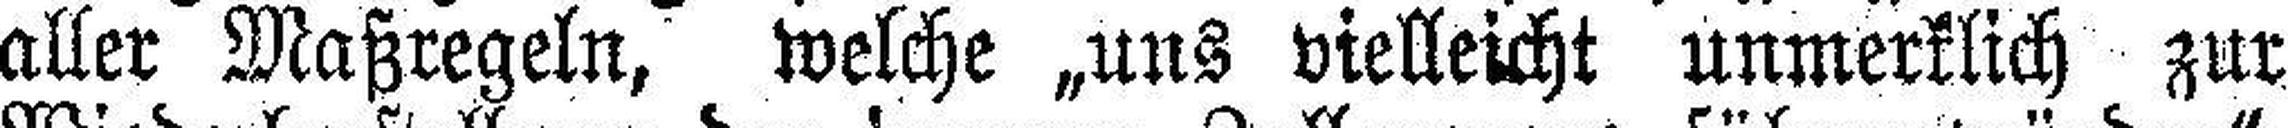
aller Maßregeln, welche „uns vielleicht unmerklich zur